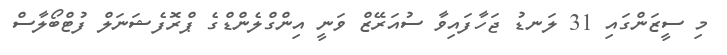
މި ސީޒަންގައި 31 ލަނޑު ޖަހާފައިވާ ސުއަރޭޒް ވަނީ އިންގްލެންޑްގެ ޕްރޮފެޝަނަލް ފުޓްބޯލާސް